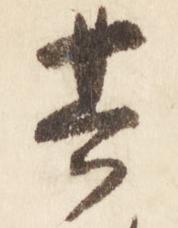
其